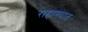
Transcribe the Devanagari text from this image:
राहाण्यात